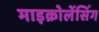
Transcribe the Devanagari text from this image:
माइक्रोलेंसिंग